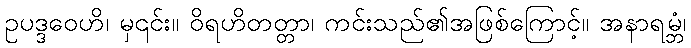
ဥပဒ္ဒဝေဟိ၊ မှ၎င်း။ ဝိရဟိတတ္တာ၊ ကင်းသည်၏အဖြစ်ကြောင့်။ အနာရမ္ဘံ၊